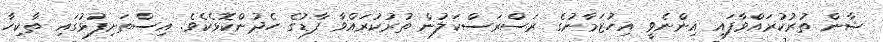
ޝާން ތުރުކުރައްވާފައި އިންނެވީ އިހުޒަމާނުގެ ރަސްރަސްކަލުން ތުރުކުރައްވާ ފާޑުގެ ހެދުންކޮޅެކެވެ. އިސްތަށިފުޅުގައި ތާކިހާ